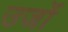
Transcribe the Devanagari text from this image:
उर्जो